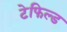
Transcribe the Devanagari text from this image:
टेफिल्ड